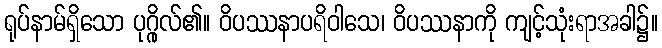
ရုပ်နာမ်ရှိသော ပုဂ္ဂိုလ်၏။ ဝိပဿနာပရိဝါသေ၊ ဝိပဿနာကို ကျင့်သုံးရာအခါ၌။